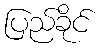
ပြည်ခိုင်